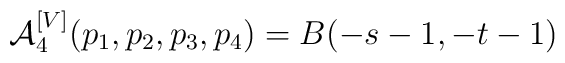
{\cal A}^{[V]}_4 (p_1, p_2, p_3, p_4) =B ( -s-1, -t-1)